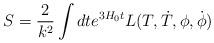
LaTeX: \begin{align*}S = \frac{2}{k^{2}}\int{dt e^{3H_{0}t} L(T,\dot{T},{\phi},\dot{\phi})}\end{align*}